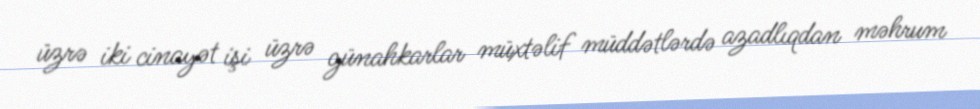
üzrə iki cinayət işi üzrə günahkarlar müxtəlif müddətlərdə azadlıqdan məhrum